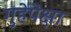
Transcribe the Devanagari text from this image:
गुहेपेक्षा